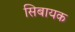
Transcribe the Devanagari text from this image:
सिबायक